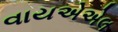
વાયએએલ